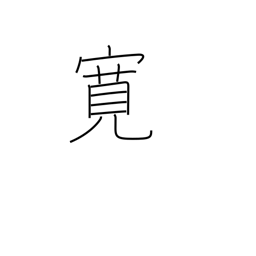
Meaning: broadminded